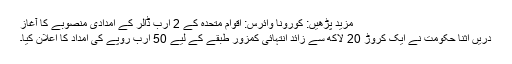
مزید پڑھیں: کورونا وائرس: اقوام متحدہ کے 2 ارب ڈالر کے امدادی منصوبے کا آغاز
دریں اثنا حکومت نے ایک کروڑ 20 لاکھ سے زائد انتہائی کمزور طبقے کے لیے 50 ارب روپے کی امداد کا اعلان کیا۔